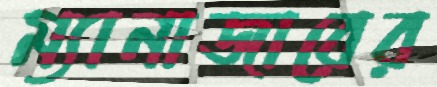
ম্যানাজারের